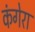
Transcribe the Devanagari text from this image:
कंगेरा